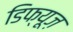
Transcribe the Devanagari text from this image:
डिफ्यूज़